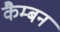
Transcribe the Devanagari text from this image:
कैम्बन